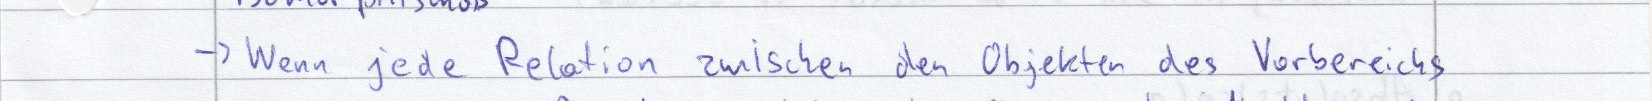
-> Wenn jede Relation zwischen den Objekten des Vorbereichs